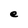
Character: e